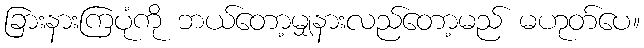
ခြားနားကြပုံကို ဘယ်တော့မျှနားလည်တော့မည် မဟုတ်ပေ။